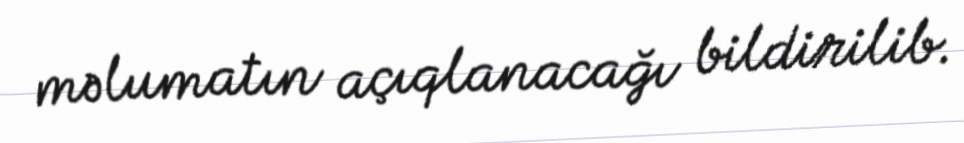
məlumatın açıqlanacağı bildirilib.